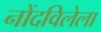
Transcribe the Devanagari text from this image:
नोंदविलेला